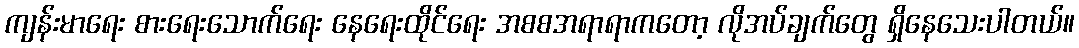
ကျန်းမာရေး စားရေးသောက်ရေး နေရေးထိုင်ရေး အစစအရာရာကတော့ လိုအပ်ချက်တွေ ရှိနေသေးပါတယ်။